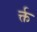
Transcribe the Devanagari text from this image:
र्क्त